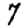
Digit: 7